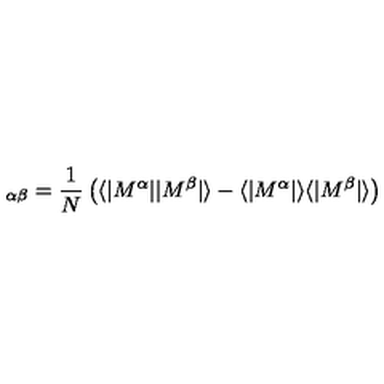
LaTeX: \protectm _ { \alpha \beta } = { \frac { 1 } { N } } \left( \langle | M ^ { \alpha } | | M ^ { \beta } | \rangle - \langle | M ^ { \alpha } | \rangle \langle | M ^ { \beta } | \rangle \right)